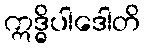
ဣဒ္ဓိပါဒေါတိ